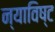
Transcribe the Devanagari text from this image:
न्याविष्ट